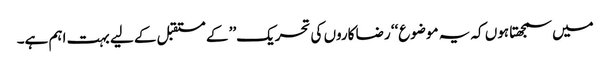
میں سمجھتا ہوں کہ یہ موضوع‘‘ رضا کاروں کی تحریک’’ کے مستقبل کے لیے بہت اہم ہے۔